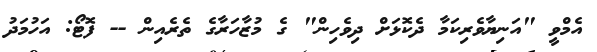
އެމްވީ "އަނިޔާވެރިކަމާ ދެކޮޅަށް ދިވެހިން" ގެ މުޒާހަރާގެ ތެރެއިން -- ފޮޓޯ: އަހުމަދު